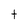
Character: t